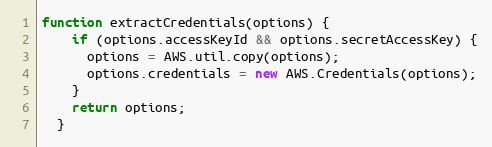
Language: JavaScript
function extractCredentials(options) {
    if (options.accessKeyId && options.secretAccessKey) {
      options = AWS.util.copy(options);
      options.credentials = new AWS.Credentials(options);
    }
    return options;
  }